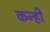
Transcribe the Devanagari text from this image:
कन्ही